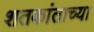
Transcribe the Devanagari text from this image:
शतकांताच्या